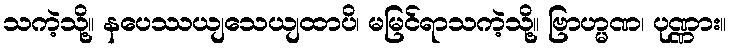
သကဲ့သို့။ နပေဿယျသေယျထာပိ၊ မမြင်ရာသကဲ့သို့။ ဗြာဟ္မဏ၊ ပုဏ္ဏား။